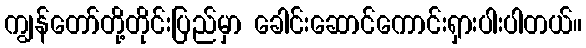
ကျွန်တော်တို့တိုင်းပြည်မှာ ခေါင်းဆောင်ကောင်းရှားပါးပါတယ်။